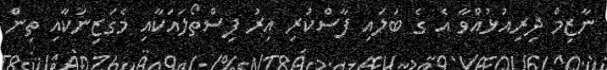
ނާޒިމް ދިރިއުޅުއްވާ އެ ގެ ބަލައި ފާސްކުރި އިރު ފިސްތޯލައަކާއި މެގަޒިނަކާއި ތިން